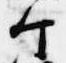
个